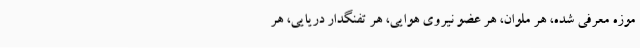
موزه معرفی شده، هر ملوان، هر عضو نیروی هوایی، هر تفنگدار دریایی، هر